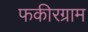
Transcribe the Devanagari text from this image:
फकीरग्राम